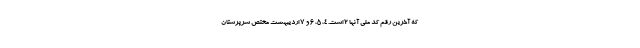
که آخرین رقم کد ملی آنها ۲ است. ۴، ۵، ۶ و ۷ اردیبهشت مختص سرپرستان